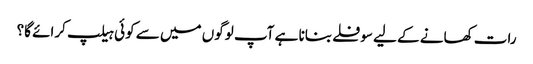
رات کھانے کے لیے سوفلے بنانا ہے آپ لوگوں میں سے کوئی ہیلپ کرائے گا؟